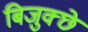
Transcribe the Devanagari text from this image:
बिजुक्छे